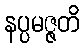
နပ္ပမဇ္ဇတိ